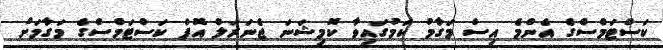
ކަސްޓަމްސްގެ އެންމެ އިސް މަގާމު ކަމުގައިވާ ކޮމިޝަނަ ޖެނަރަލް އޮފް ކަސްޓަމްސްގެ މަގާމަށް